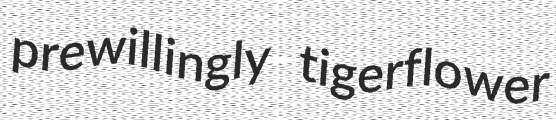
prewillingly tigerflower